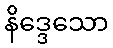
နိဒ္ဒေသော